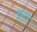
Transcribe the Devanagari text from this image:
ष्ठा